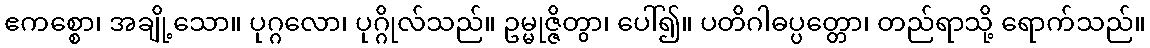
ဧကစ္စော၊ အချို့သော။ ပုဂ္ဂလော၊ ပုဂ္ဂိုလ်သည်။ ဥမ္မုဇ္ဇိတွာ၊ ပေါ်၍။ ပတိဂါဓပ္ပတ္တော၊ တည်ရာသို့ ရောက်သည်။